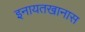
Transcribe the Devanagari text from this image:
इनायतखानास